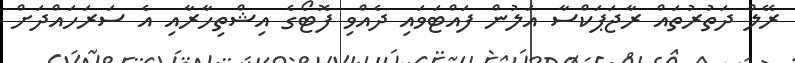
ރޭލް ދަތުރުތައް ރާޖަޕަކްސާ އަލުން ފައްޓަވައި ދެއްވި ފޮޓޯގެ އިޝްތިހާރާއި އެ ސަރަހައްދަށް